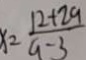
x = \frac { 1 2 + 2 a } { a - 3 }